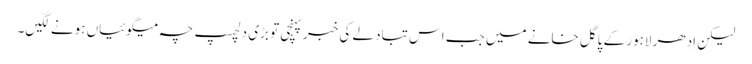
لیکن اِدھر لاہور کے پاگل خانے میں جب اس تبادلے کی خبر پہنچی تو بڑی دلچسپ چہ میگوئیاں ہونے لگیں۔